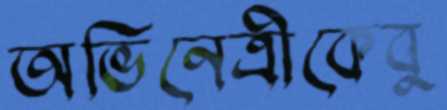
অভিনেত্রীকেবু